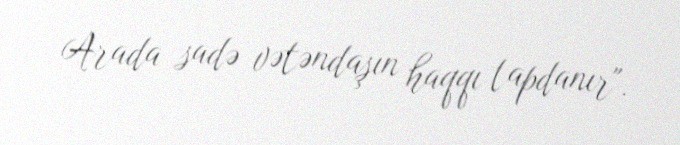
Arada sadə vətəndaşın haqqı tapdanır".